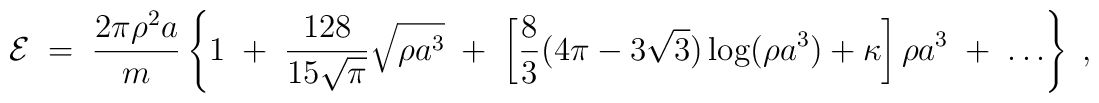
{\cal E} \;=\;  {2 \pi \rho^2 a \over m}\left\{ 1 \;+\; {128 \over 15 \sqrt{\pi}} \sqrt{\rho a^3}	\;+\;  \left[ {8 \over 3} ( 4 \pi - 3 \sqrt{3} )		\log (\rho a^3) + \kappa \right] \rho a^3	\;+\; \ldots \right\}  \;,